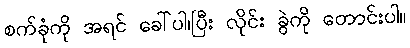
စက်ခုံကို အရင် ခေါ်ပါ၊ပြီး လိုင်း ခွဲကို တောင်းပါ။